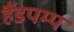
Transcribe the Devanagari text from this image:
हैंडपम्प